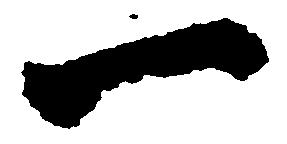
一